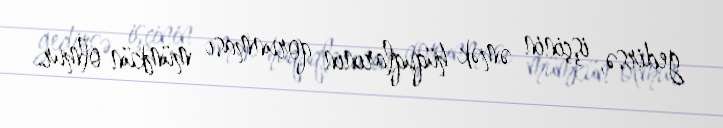
gedirsə, işçinin əmək hüquqlarının qorunması mümkün olmur.